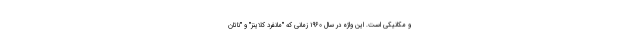
و مکانیکی است. این واژه در سال ۱۹۶۰ زمانی که "مانفرد کلاینز" و "ناتان